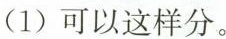
(1)可以这样分。